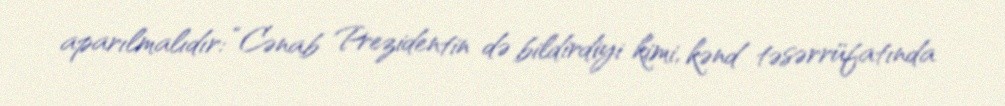
aparılmalıdır: “Cənab Prezidentin də bildirdiyi kimi, kənd təsərrüfatında